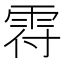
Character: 𩂛